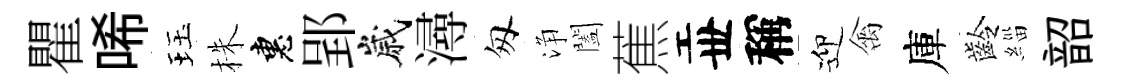
瞿唏珏株惠郢嵗潯匆浄闔蕉丗稱迎禽庫齡緇韶